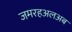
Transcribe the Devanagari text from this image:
जमरहअलअब